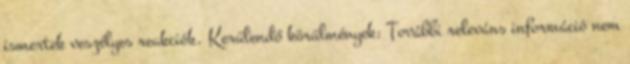
ismertek veszélyes reakciók. Kerülendő körülmények: További releváns információ nem